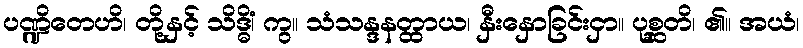
ပဏ္ဍိတေဟိ၊ တို့နှင့် သိဒ္ဓိံ၊ ကွ။ သံသန္ဒနတ္ထာယ၊ နှီးနှောခြင်းငှာ။ ပုစ္ဆတိ၊ ၏။ အယံ၊